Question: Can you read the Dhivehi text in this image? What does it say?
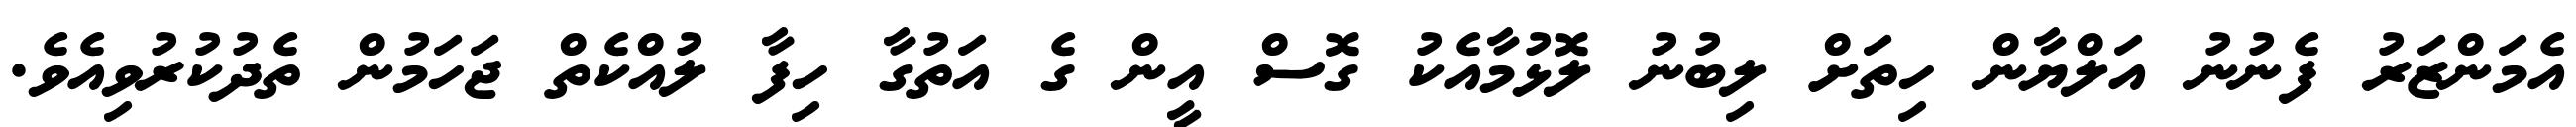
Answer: އެމަންޒަރު ފެނުނު އަލްޔާން ހިތަށް ލިބުނު ލޮޅުމާއެކު ގޮސް އީން ގެ އަތުގާ ހިފާ ލުއްކެތް ޖަހަމުން ތެދުކުރުވިއެވެ.